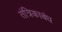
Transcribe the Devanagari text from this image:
तंत्रिकाबंध